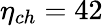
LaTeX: \eta_{ch}=42